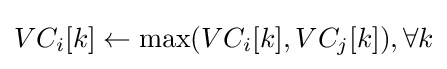
VC_{i}[k]\leftarrow \max(VC_{i}[k],VC_{j}[k]),\forall k